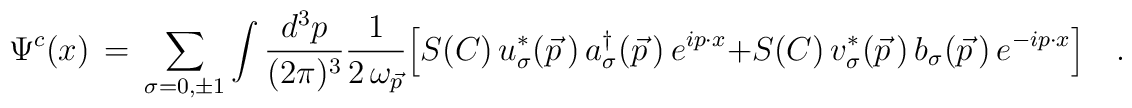
\Psi^c(x)\,=\,\sum_{\sigma=0,\pm 1}\int {d^3p\over (2\pi)^{3} } {1\over 2\,\omega_{\vec p}}\Big[ S(C)\,u^\ast_\sigma(\vec p\,)\, a^\dagger_\sigma(\vec p\, )\,e^{i p\cdot x}+  S(C)\,v^\ast_\sigma(\vec p\,)\,b_\sigma(\vec p\,) \,e^{-i p\cdot x} \Bigr ]\quad.